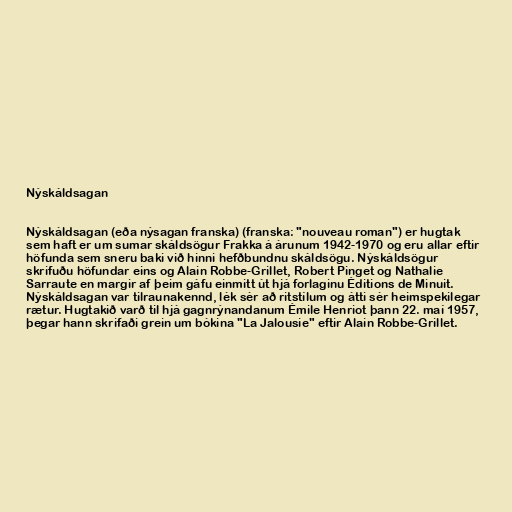
Nýskáldsagan

Nýskáldsagan (eða nýsagan franska) (franska: "nouveau roman") er hugtak
sem haft er um sumar skáldsögur Frakka á árunum 1942-1970 og eru allar eftir
höfunda sem sneru baki við hinni hefðbundnu skáldsögu. Nýskáldsögur
skrifuðu höfundar eins og Alain Robbe-Grillet, Robert Pinget og Nathalie
Sarraute en margir af þeim gáfu einmitt út hjá forlaginu Éditions de Minuit.
Nýskáldsagan var tilraunakennd, lék sér að ritstílum og átti sér heimspekilegar
rætur. Hugtakið varð til hjá gagnrýnandanum Émile Henriot þann 22. maí 1957,
þegar hann skrifaði grein um bókina "La Jalousie" eftir Alain Robbe-Grillet.